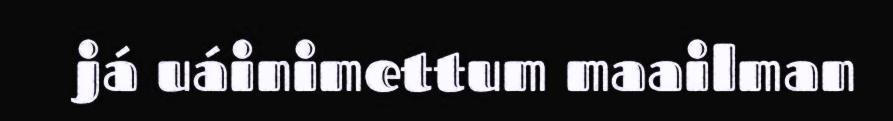
já uáinimettum maailman